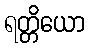
ရတ္တိယော